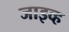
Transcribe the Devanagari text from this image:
जाइव्ह